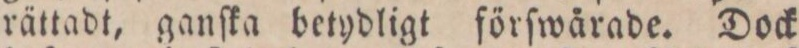
rättadt, ganſka betydligt förſwårade. Dock